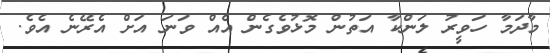
މާދަމާ ހަވީރު ލަންކާ އަތުން މޮޅުވެގެން އެއް ވަނަ އަށް އެރޭނެ އެވެ.